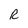
Character: R